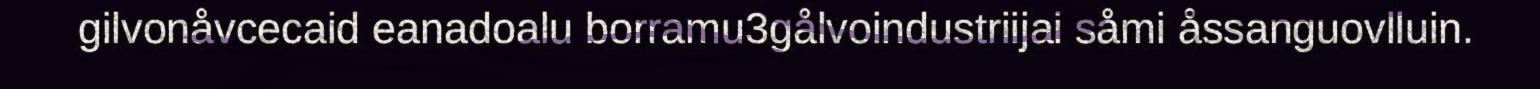
gilvonåvcecaid eanadoalu borramu3gålvoindustriijai såmi åssanguovlluin.